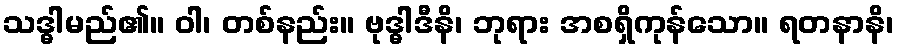
သဒ္ဓါမည်၏။ ဝါ၊ တစ်နည်း။ ဗုဒ္ဓါဒီနိ၊ ဘုရား အစရှိကုန်သော။ ရတနာနိ၊